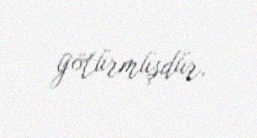
götürmüşdür.